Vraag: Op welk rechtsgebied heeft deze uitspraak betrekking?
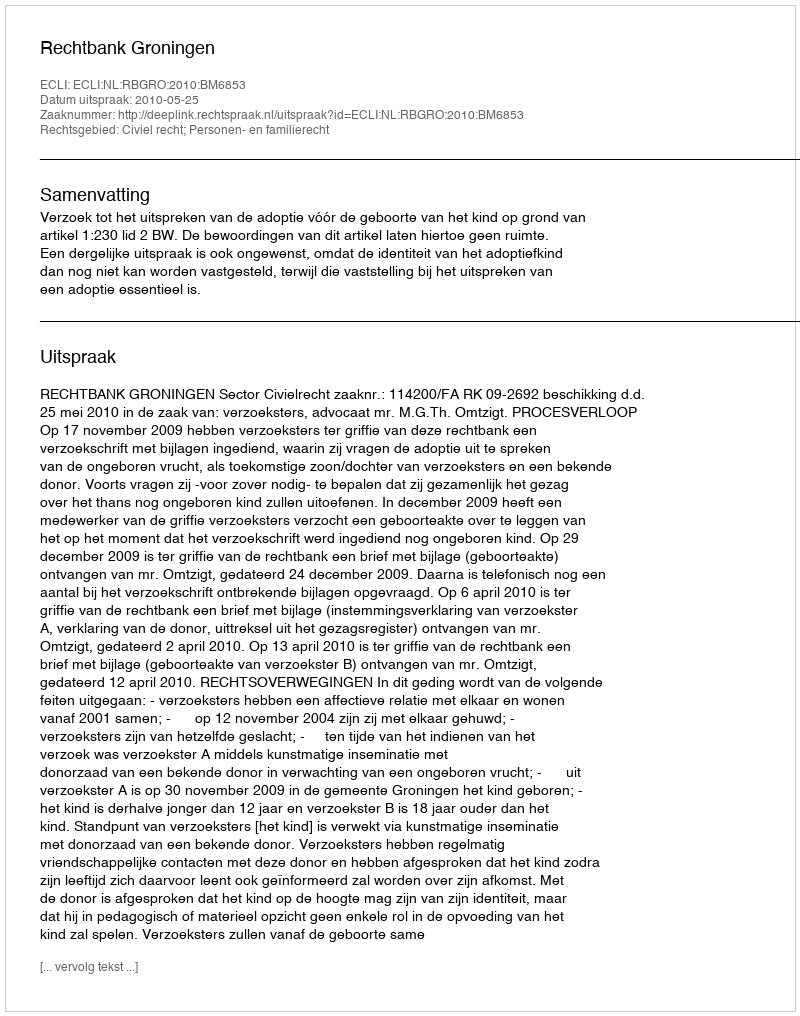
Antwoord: Civiel recht; Personen- en familierecht